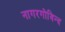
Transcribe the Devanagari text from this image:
नागरगोविन्द